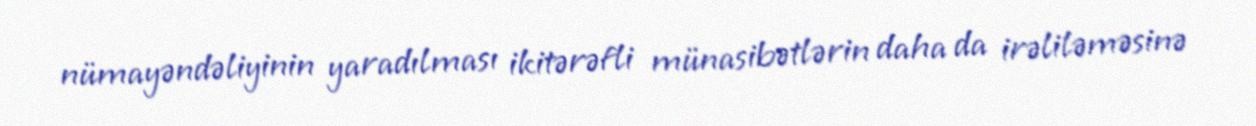
nümayəndəliyinin yaradılması ikitərəfli münasibətlərin daha da irəliləməsinə